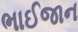
ભાઈજાન